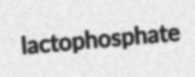
lactophosphate